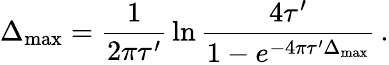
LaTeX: \Delta_{\operatorname*{max}}={\frac{1}{2\pi\tau^{\prime}}}\ln{\frac{4\tau^{\prime}}{1-e^{-4\pi\tau^{\prime}\Delta_{\operatorname*{max}}}}}\, .